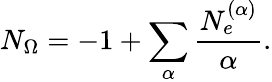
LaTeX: N_{\Omega}=-1+\sum_{\alpha}{\frac{N_{e}^{(\alpha)}}{\alpha}}.